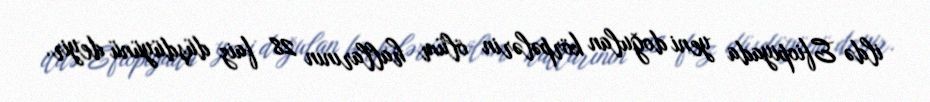
ildə Efiopiyada yeni doğulan körpələrin ölüm hallarının 28 faiz düşdüyünü deyir.